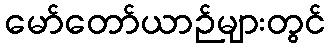
မော်တော်ယာဉ်များတွင်